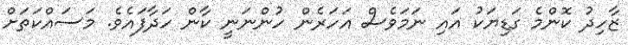
ޒާހިދު ކޮންމެ ގަޑިޔަކު އައި ނަމަވެސް އަހަރެން ހުންނަނީ ކާން ހަދާފައެވެ. މަސައްކަތަށް